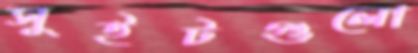
সুইটগুলো